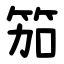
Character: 笳